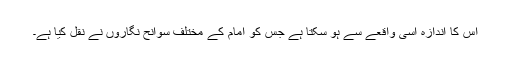
اس کا اندازہ اسی واقعے سے ہو سکتا ہے جس کو امامؒ کے مختلف سوانح نگاروں نے نقل کیا ہے۔